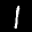
Label: 1